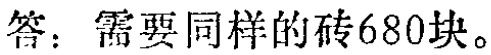
答：需要同样的砖680块。